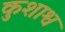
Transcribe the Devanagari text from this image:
कुशाश्व